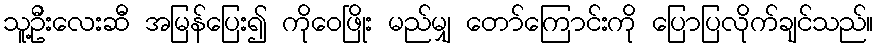
သူ့ဦးလေးဆီ အမြန်ပြေး၍ ကိုဝေဖြိုး မည်မျှ တော်ကြောင်းကို ပြောပြလိုက်ချင်သည်။